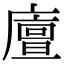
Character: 𢋃